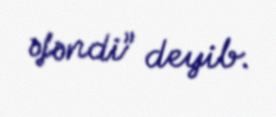
əfəndi” deyib.